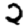
Digit: 2